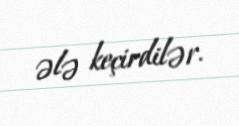
ələ keçirdilər.